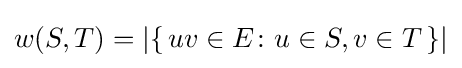
w(S,T)=|\{\,uv\in E\colon u\in S,v\in T\,\}|